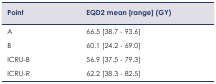
| Point | EQD2 mean [range] (GY) |
 | --- | --- |
 | A | 66.5 [38.7 – 93.6] |
 | B | 60.1 [24.2 – 69.0] |
 | ICRU-B | 56.9 [37.5 – 79.3] |
 | ICRU-R | 62.2 [38.3 – 82.5] |